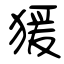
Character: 猨